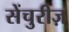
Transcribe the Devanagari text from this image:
सेंचुरीज़